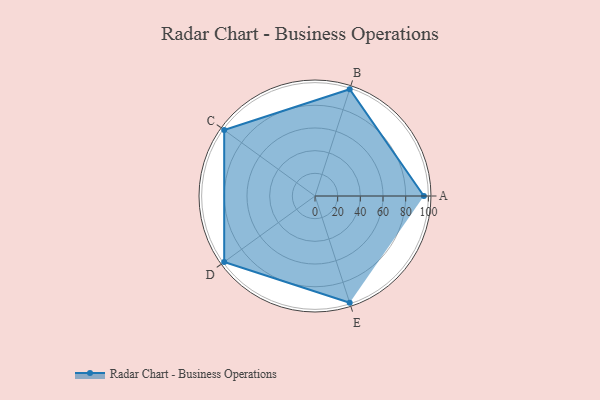
{"axis": {"x": "Skill", "y": "Score"}, "legend": ["Profile"], "data": [{"x": "A", "y": 96.0, "type": "Profile"}, {"x": "B", "y": 99.0, "type": "Profile"}, {"x": "C", "y": 99, "type": "Profile"}, {"x": "D", "y": 99, "type": "Profile"}, {"x": "E", "y": 99, "type": "Profile"}]}